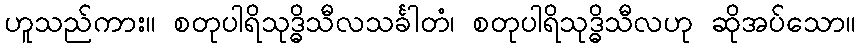
ဟူသည်ကား။ စတုပါရိသုဒ္ဓိသီလသင်္ခါတံ၊ စတုပါရိသုဒ္ဓိသီလဟု ဆိုအပ်သော။